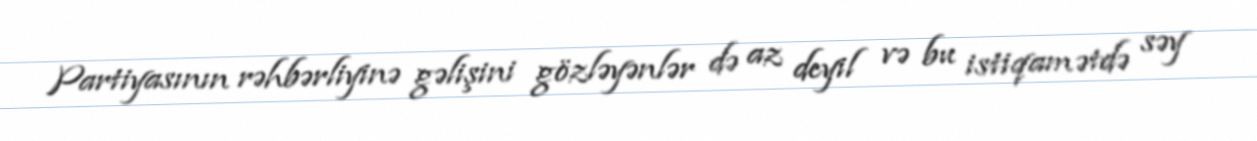
Partiyasının rəhbərliyinə gəlişini gözləyənlər də az deyil və bu istiqamətdə səy